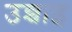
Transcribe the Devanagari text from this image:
उन्चाइ